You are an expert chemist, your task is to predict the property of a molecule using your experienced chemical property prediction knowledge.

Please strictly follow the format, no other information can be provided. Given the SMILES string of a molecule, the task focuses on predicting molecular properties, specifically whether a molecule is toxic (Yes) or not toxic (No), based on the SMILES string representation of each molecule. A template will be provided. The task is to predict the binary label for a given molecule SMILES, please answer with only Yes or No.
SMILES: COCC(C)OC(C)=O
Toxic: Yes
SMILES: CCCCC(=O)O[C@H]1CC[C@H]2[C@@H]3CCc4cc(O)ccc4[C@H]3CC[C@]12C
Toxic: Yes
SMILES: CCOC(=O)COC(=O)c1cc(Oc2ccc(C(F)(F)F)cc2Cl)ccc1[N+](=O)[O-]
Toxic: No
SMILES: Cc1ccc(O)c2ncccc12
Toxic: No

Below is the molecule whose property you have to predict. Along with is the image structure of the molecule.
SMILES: C=C(C)C(=O)OCC[N+](C)(C)C
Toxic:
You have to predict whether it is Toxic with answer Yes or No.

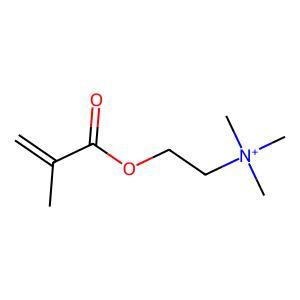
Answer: No